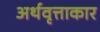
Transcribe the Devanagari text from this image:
अर्थवृत्ताकार